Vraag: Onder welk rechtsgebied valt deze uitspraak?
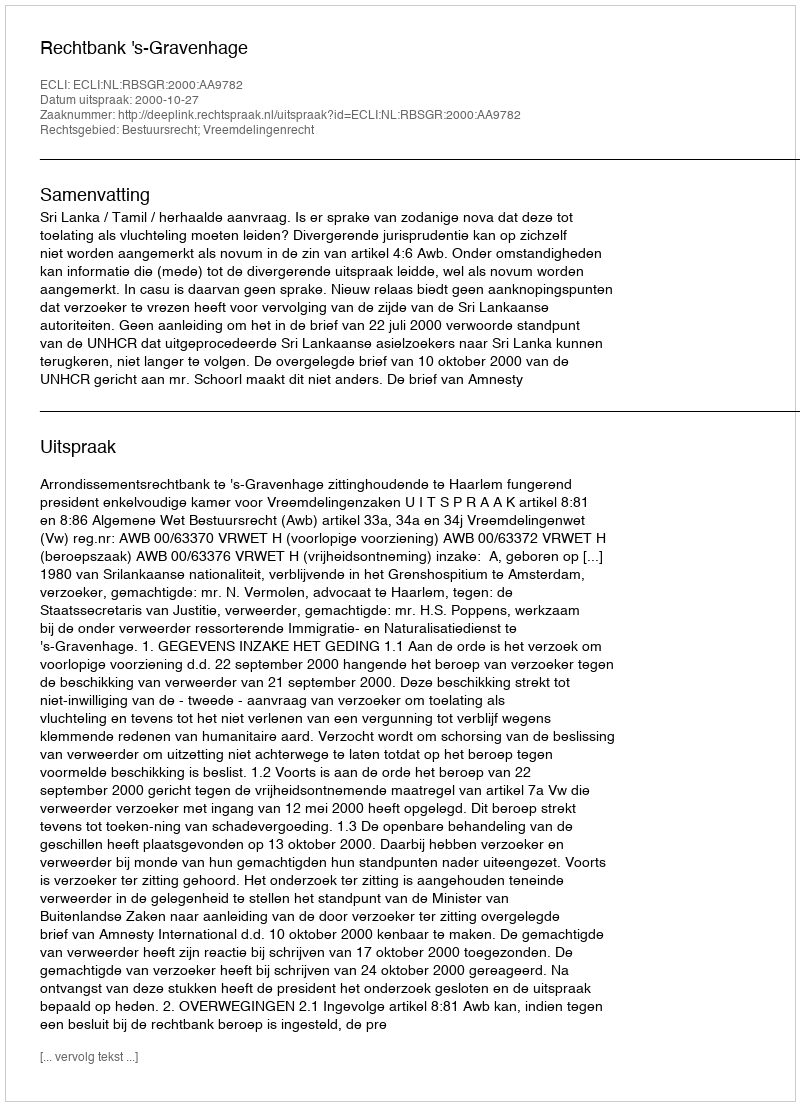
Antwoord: Bestuursrecht; Vreemdelingenrecht